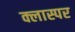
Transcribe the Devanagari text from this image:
क्लास्पर